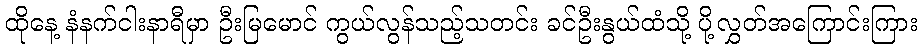
ထိုနေ့ နံနက်ငါးနာရီမှာ ဦးမြမောင် ကွယ်လွန်သည့်သတင်း ခင်ဦးနွယ်ထံသို့ ပို့လွှတ်အကြောင်းကြား